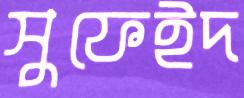
সুফেইদ